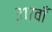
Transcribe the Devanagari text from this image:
३१७वाँ